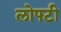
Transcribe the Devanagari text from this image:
लोफ्टी